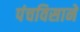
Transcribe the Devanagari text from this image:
पंचविसाने